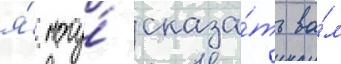
я́ могу́ сказа́ть ва́м